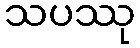
သပဿု